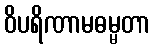
ဝိပရိဏာမဓမ္မတာ